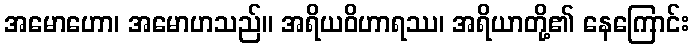
အမောဟော၊ အမောဟသည်။ အရိယဝိဟာရဿ၊ အရိယာတို့၏ နေကြောင်း